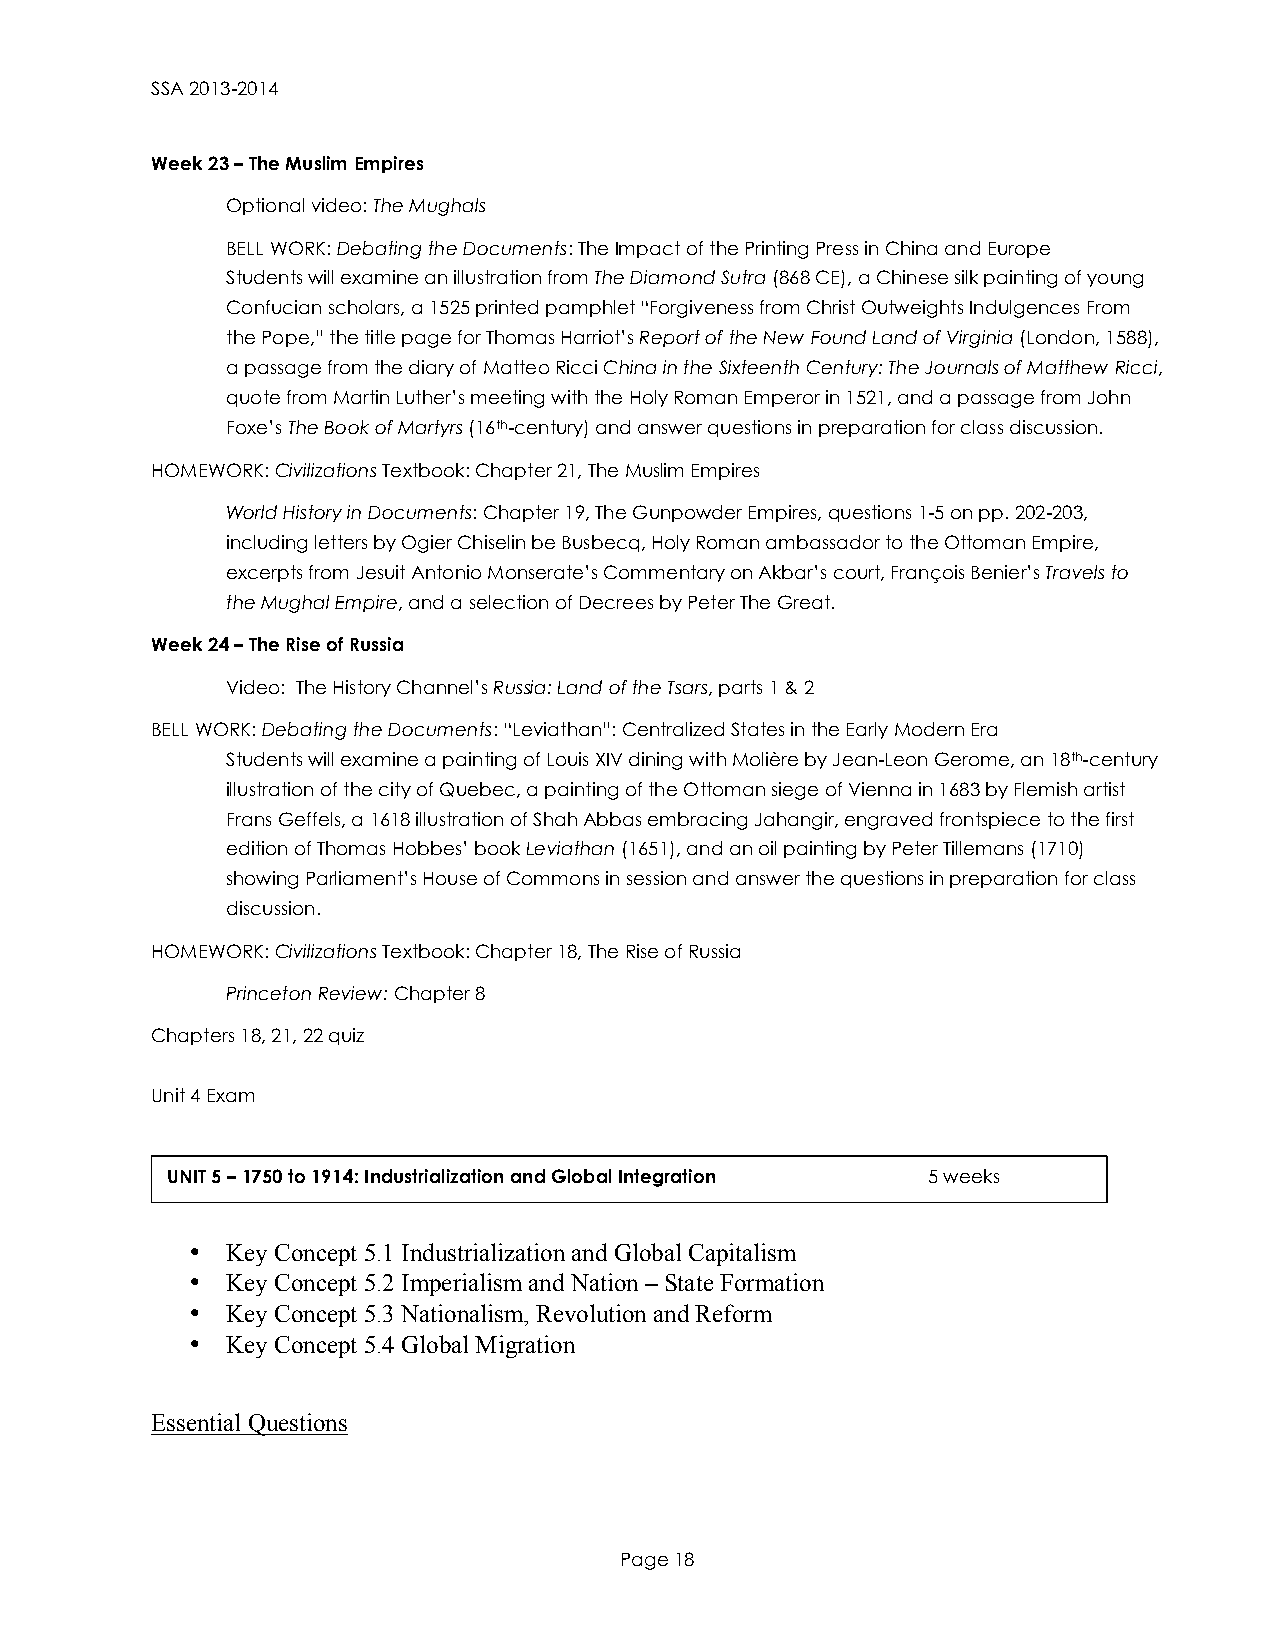
SSA 2013-2014
 Week 23 – The Muslim Empires
 Optional video: The Mughals
 BELL WORK: Debating the Documents: The Impact of the Printing Press in China and Europe
 Students will examine an illustration from The Diamond Sutra (868 CE), a Chinese silk painting of young
 Confucian scholars, a 1525 printed pamphlet “Forgiveness from Christ Outweights Indulgences From
 the Pope,” the title page for Thomas Harriot’s Report of the New Found Land of Virginia (London, 1588),
 a passage from the diary of Matteo Ricci China in the Sixteenth Century: The Journals of Matthew Ricci,
 quote from Martin Luther’s meeting with the Holy Roman Emperor in 1521, and a passage from John
 Foxe’s The Book of Martyrs (16th-century) and answer questions in preparation for class discussion.
 HOMEWORK: Civilizations Textbook: Chapter 21, The Muslim Empires
 World History in Documents: Chapter 19, The Gunpowder Empires, questions 1-5 on pp. 202-203,
 including letters by Ogier Chiselin be Busbecq, Holy Roman ambassador to the Ottoman Empire,
 excerpts from Jesuit Antonio Monserate’s Commentary on Akbar’s court, François Benier’s Travels to
 the Mughal Empire, and a selection of Decrees by Peter The Great.
 Week 24 – The Rise of Russia
 Video: The History Channel’s Russia: Land of the Tsars, parts 1 & 2
 BELL WORK: Debating the Documents: “Leviathan”: Centralized States in the Early Modern Era
 Students will examine a painting of Louis XIV dining with Molière by Jean-Leon Gerome, an 18th-century
 illustration of the city of Quebec, a painting of the Ottoman siege of Vienna in 1683 by Flemish artist
 Frans Geffels, a 1618 illustration of Shah Abbas embracing Jahangir, engraved frontspiece to the first
 edition of Thomas Hobbes’ book Leviathan (1651), and an oil painting by Peter Tillemans (1710)
 showing Parliament’s House of Commons in session and answer the questions in preparation for class
 discussion.
 HOMEWORK: Civilizations Textbook: Chapter 18, The Rise of Russia
 Princeton Review: Chapter 8
 Chapters 18, 21, 22 quiz
 Unit 4 Exam
 UNIT 5 – 1750 to 1914: Industrialization and Global Integration 5 weeks
 •  Key Concept 5.1 Industrialization and Global Capitalism
 •  Key Concept 5.2 Imperialism and Nation – State Formation
 •  Key Concept 5.3 Nationalism, Revolution and Reform
 •  Key Concept 5.4 Global Migration
 Essential Questions
 Page 18